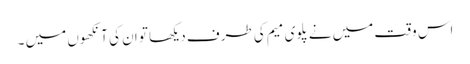
اس وقت میں نے پلوی میم کی طرف دیکھا تو ان کی آنکھوں میں ۔